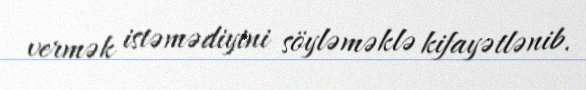
vermək istəmədiyini söyləməklə kifayətlənib.